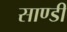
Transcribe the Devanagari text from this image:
साण्डी